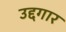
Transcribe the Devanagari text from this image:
उद्दगार